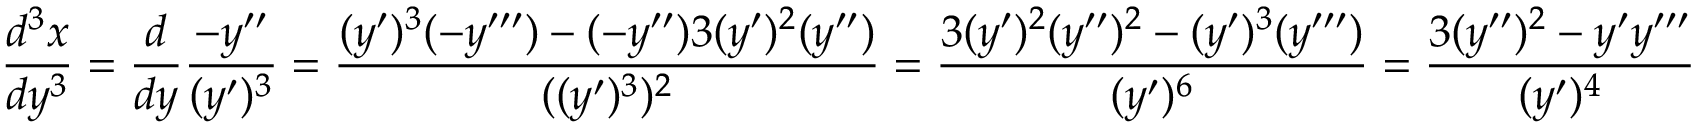
\frac { d ^ { 3 } x } { d y ^ { 3 } } = \frac { d } { d y } \frac { - y ^ { \prime \prime } } { ( y ^ { \prime } ) ^ { 3 } } = \frac { ( y ^ { \prime } ) ^ { 3 } ( - y ^ { \prime \prime \prime } ) - ( - y ^ { \prime \prime } ) 3 ( y ^ { \prime } ) ^ { 2 } ( y ^ { \prime \prime } ) } { ( ( y ^ { \prime } ) ^ { 3 } ) ^ { 2 } } = \frac { 3 ( y ^ { \prime } ) ^ { 2 } ( y ^ { \prime \prime } ) ^ { 2 } - ( y ^ { \prime } ) ^ { 3 } ( y ^ { \prime \prime \prime } ) } { ( y ^ { \prime } ) ^ { 6 } } = \frac { 3 ( y ^ { \prime \prime } ) ^ { 2 } - y ^ { \prime } y ^ { \prime \prime \prime } } { ( y ^ { \prime } ) ^ { 4 } }